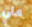
علي